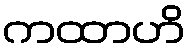
ကထာဟိ